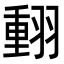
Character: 𦑝